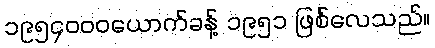
၁၉၅၄၀၀၀ယောက်ခန့် ၁၉၅၁ ဖြစ်လေသည်။